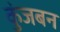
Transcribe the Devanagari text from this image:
कुंजबन